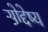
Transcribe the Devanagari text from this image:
सोद्देष्य